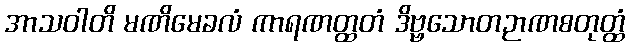
အာသဝါတိ မဏိမေခလံ ကာရဏတ္ထတံ ဒိဗ္ဗသောတဉာဏစတုတ္ထံ